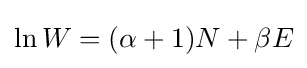
\ln W=(\alpha +1)N+\beta E